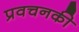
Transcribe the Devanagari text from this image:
प्रवचनकी